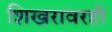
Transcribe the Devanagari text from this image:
शिखरावरही